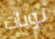
نوبات